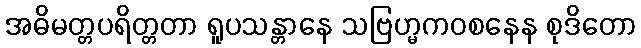
အဓိမတ္တပရိတ္တတာ ရူပသန္တာနေ သဗြဟ္မကဝစနေန စုဒိတော